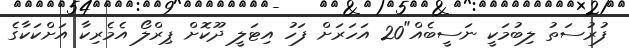
ފުރުސަތު ލިބުމަކީ ނަސީބެއް"20 އަހަރަށް ފަހު އިޓަލީ ދޫކޮށް ޕިރްލޯ އެމެރިކާ އަށްކަކާގެ